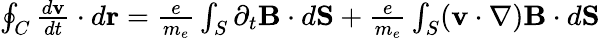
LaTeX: \begin{array}{r}{\oint_{C}{\frac{d{\mathbf v}}{dt}}\cdot d{\mathbf r}={\frac{e}{m_{e}}}\int_{S}\partial_{t}{\mathbf B}\cdot d{\mathbf S}+{\frac{e}{m_{e}}}\int_{S}({\mathbf v}\cdot\nabla){\mathbf B}\cdot d{\mathbf S}}\end{array}